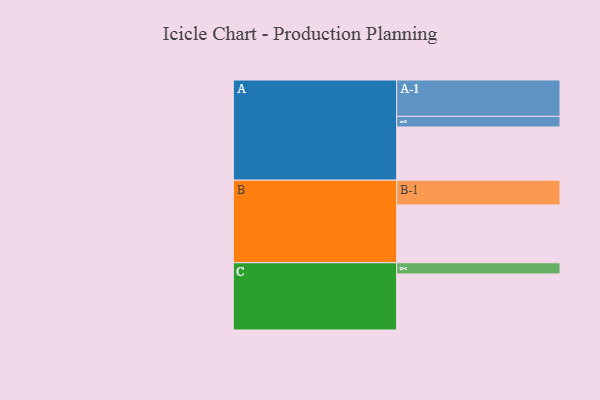
{"axis": {"x": "Segment", "y": "Value"}, "legend": ["", "A", "B", "C"], "data": [{"x": "A", "y": 389, "type": ""}, {"x": "B", "y": 423, "type": ""}, {"x": "C", "y": 410, "type": ""}, {"x": "A-1", "y": 266, "type": "A"}, {"x": "A-2", "y": 78, "type": "A"}, {"x": "B-1", "y": 181, "type": "B"}, {"x": "C-1", "y": 82, "type": "C"}]}